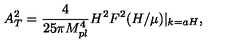
A _ { T } ^ { 2 } = \frac { 4 } { 2 5 \pi M _ { p l } ^ { 4 } } H ^ { 2 } F ^ { 2 } ( H / \mu ) | _ { k = a H } ,